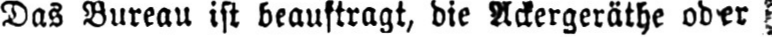
Das Bureau ist beauftragt, die Ackergeräthe oder